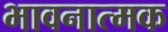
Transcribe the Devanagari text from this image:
भावनात्मक